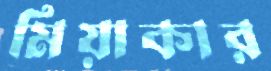
মিয়াকার